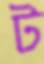
ট